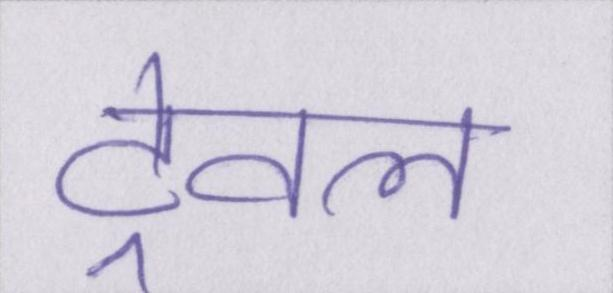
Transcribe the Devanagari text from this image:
ट्रेवल